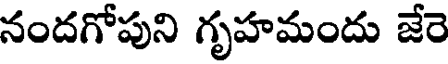
నందగోపుని గృహమందు జేరె